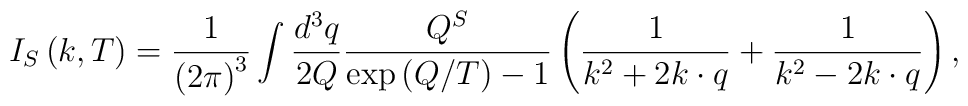
I_S\left( k,T\right) =\frac 1{\left( 2\pi \right) ^3}\int\frac{d^3q}{2Q}\frac{Q^S}{\exp \left( Q/T\right) -1}\left( \frac 1{k^2+2k\cdot q}+       \frac 1{k^2-2k\cdot q}\right) ,